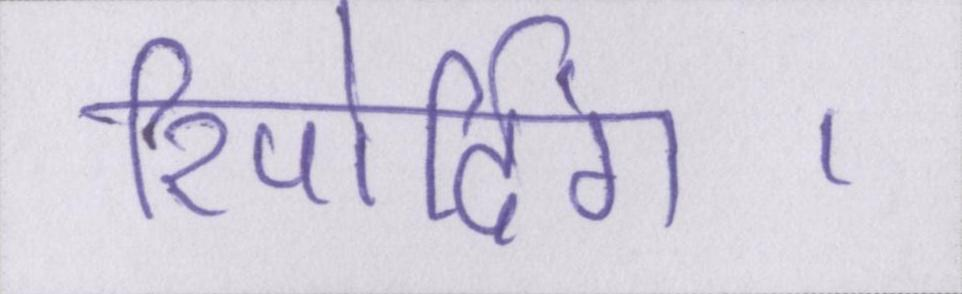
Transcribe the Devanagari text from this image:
रिपोर्टिंग।